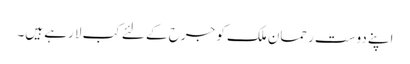
اپنے دوست رحمان ملک کو جرح کے لئے کب لا رہے ہیں۔